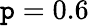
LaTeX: \mathtt{p}=0.6